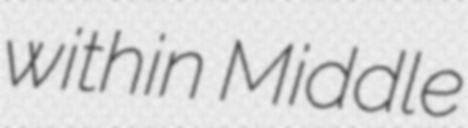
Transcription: within Middle